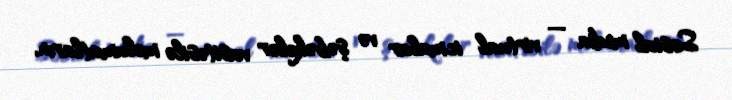
Sosial media — virtual icmalar və şəbəkələr vasitəsilə məlumatların,